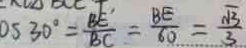
o s 3 0 ^ { \circ } = \frac { B E ^ { \prime } } { B C } = \frac { B E } { 6 0 } = \frac { \sqrt { 3 } } { 3 }